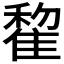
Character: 𨿯